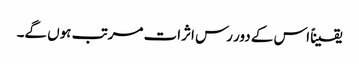
یقیناً اس کے دور رس اثرات مرتب ہوں گے۔